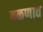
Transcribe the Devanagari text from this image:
वळणात